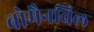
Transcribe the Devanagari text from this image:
बोमैनविल